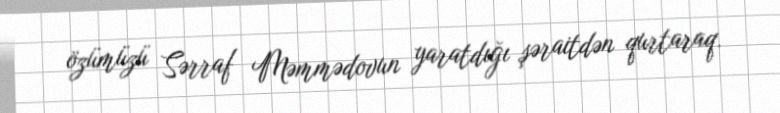
özümüzü Sərraf Məmmədovun yaratdığı şəraitdən qurtaraq.